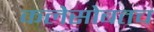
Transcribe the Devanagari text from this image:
कलेसोबतच